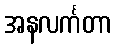
အနလင်္ကတာ